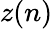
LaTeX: z(n)